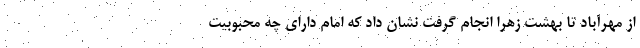
از مهرآباد تا بهشت زهرا انجام گرفت نشان داد که امام دارای چه محبوبیت